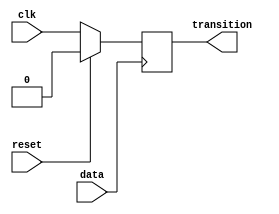
module transition_detector 
    #(parameter DATA_WIDTH = 1) (
        input clk, reset,
        input [DATA_WIDTH-1:0] data,
        output reg [DATA_WIDTH-1:0] transition
    );

    wire [DATA_WIDTH-1:0] and_out;
    wire [DATA_WIDTH-1:0] buf_out;
    wire [DATA_WIDTH-1:0] nor_out;
    wire [DATA_WIDTH-1:0] xor_out;

    assign and_out = data & 1;
    assign buf_out = and_out;
    assign nor_out = ~(buf_out | 1);
    assign xor_out = data ^ nor_out;

    always @(posedge xor_out) begin
        if (reset==1'b1)
            transition <= 1'b0;
        else
            transition <= clk;
    end




endmodule